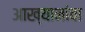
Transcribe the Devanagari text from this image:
आख्यानांचा